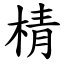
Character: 棈